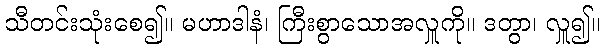
သီတင်းသုံးစေ၍။ မဟာဒါနံ၊ ကြီးစွာသောအလှူကို။ ဒတွာ၊ လှူ၍။